Report on vaccination in the Province of Bengal - 1869-1873
Year: 1869
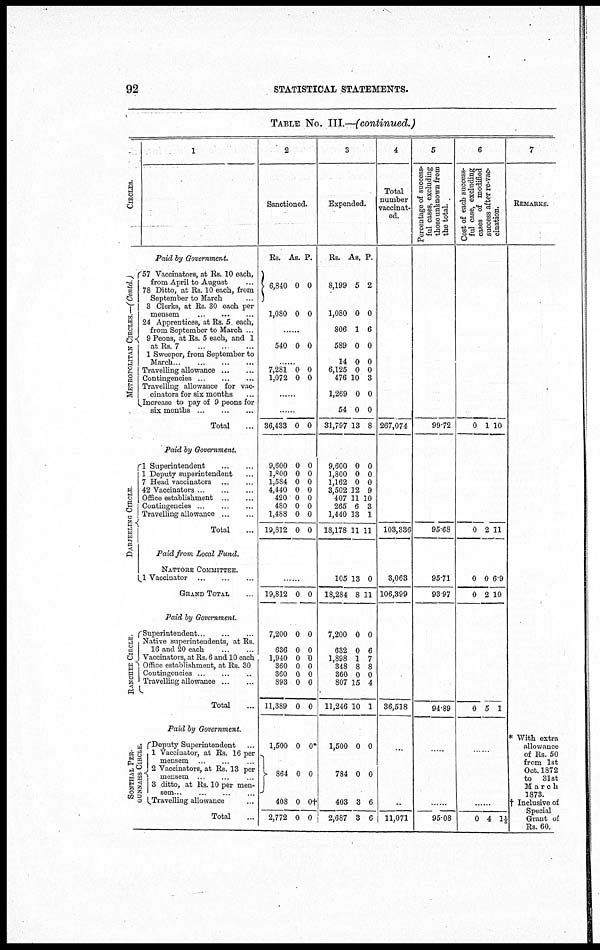
92
STATISTICAL STATEMENTS.
TABLE NO. III.—(continued.)
CIRCLES.
1
Paid by Government.
METROPOLITAN CIRCLES.—(Contd.)
57 Vaccinators, at Rs. 10 each,
from April to August ...
78 Ditto, at Rs. 10 each, from
September to March ...
3 Clerks, at Rs. 30 each per
mensem
...
...
...
24 Apprentices, at Rs. 5 each,
from September to March ...
9 Peons, at Rs. 5 each, and 1
at Rs. 7
...
...
...
1 Sweeper, from September to
March
...
...
...
...
Travelling allowance ... ...
Contingencies
...
...
...
Travelling allowance for vac-
cinators for six months ...
Increase to pay of 9 peons for
sis months
...
...
...
Total ...
Paid by Government.
DARJEELING CIRCLE.
1 Superintendent
...
...
1 Deputy superintendent ...
7 Head vaccinators
...
...
42 Vaccinators
...
...
...
Office establishment
...
...
Contingencies
...
...
...
Travelling allowance
...
...
Total ...
Paid from Local Fund.
NATTORE COMMITTEE.
1 Vaccinator
...
...
...
GRAND TOTAL ...
Paid by Government.
RANCHEE CI RCLE.
Superintendent
...
...
...
Native superintendents, at Rs.
16 and 20 each
...
...
Vaccinators, at Rs. 6 and 10 each
Office establishment, at Rs. 30
Contingencies
...
...
...
Travelling allowance
...
...
Total ...
Paid by Government.
SONTHAL PER-
GUNNAHS CIRCLE
Deputy Superintendent ...
1 Vaccinator, at Rs. 16 per
mensem
...
...
...
2 Vaccinators, at Rs. 13 per
mensem
...
...
3 ditto, at Rs. 10 per men-
sem
...
...
...
Travelling allowance ...
Total ...
2
Sanctioned.
Rs.
6,840
1,080
As.
0
0
p.
0
0
......
540 0 0
......
7,281
1,072
0
0
0
0
......
......
36,433 0 0
9,600
1,800
1,584
4,440
420
480
1,488
19,812
0
0
0
0
0
0
0
0
0
0
0
0
0
0
0
0
......
19,812 0 0
7,200
636
1,940
360
360
893
11,389
0
0
0
0
0
0
0
0
0
0
0
0
0
0
1,500
864
408
2,772
0
0
0
0
0*
0
0†
0
3
Expended.
Rs.
8,199
1,080
806
589
14
6,125
476
1,269
54
31,797
As.
5
0
1
0
0
0
10
0
0
13
P.
2
0
6
0
0
0
3
0
0
8
9,600
1,800
1,162
3,502
407
265
1,440
18,178
0
0
0
12
11
6
13
11
0
0
0
9
10
3
1
11
105
18,284
13
8
0
11
7,200
632
1,898
348
360
807
11,246
0
0
1
8
0
15
10
0
6
7
8
0
4
1
1,500
784
403
2,687
0
0
3
3
0
0
6
6
4
Total
number
vaccinat-
ed.
267,074
103,336
3,063
106,399
36,518
...
...
11,071
5
Percentage of success-
ful cases, excluding
those unknown from
the total.
99.72
95.68
95.71
93.97
94.89
......
......
95.08
6
Cost of each success-
ful case, excluding
cases of modified
success after re-vac-
cination.
0 1 10
0 2 11
0
0
0
2
6.9
10
0 5 1
......
......
0 4 1 1/5
7
REMARKS.
* With extra
allowance
of Rs. 50
from 1st
Oct. 1872
to 31st
March
1873.
† Inclusive of
Special
Grant of
Rs. 60.